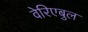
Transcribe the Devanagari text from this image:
वेरिएबुल